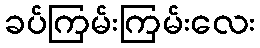
ခပ်ကြမ်းကြမ်းလေး